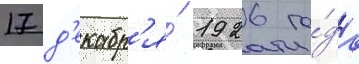
17 д'екабр'я́ 1926 го́да